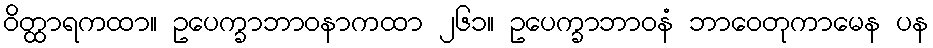
ဝိတ္ထာရကထာ။ ဥပေက္ခာဘာဝနာကထာ ၂၆၁။ ဥပေက္ခာဘာဝနံ ဘာဝေတုကာမေန ပန